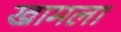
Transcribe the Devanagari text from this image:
खामला